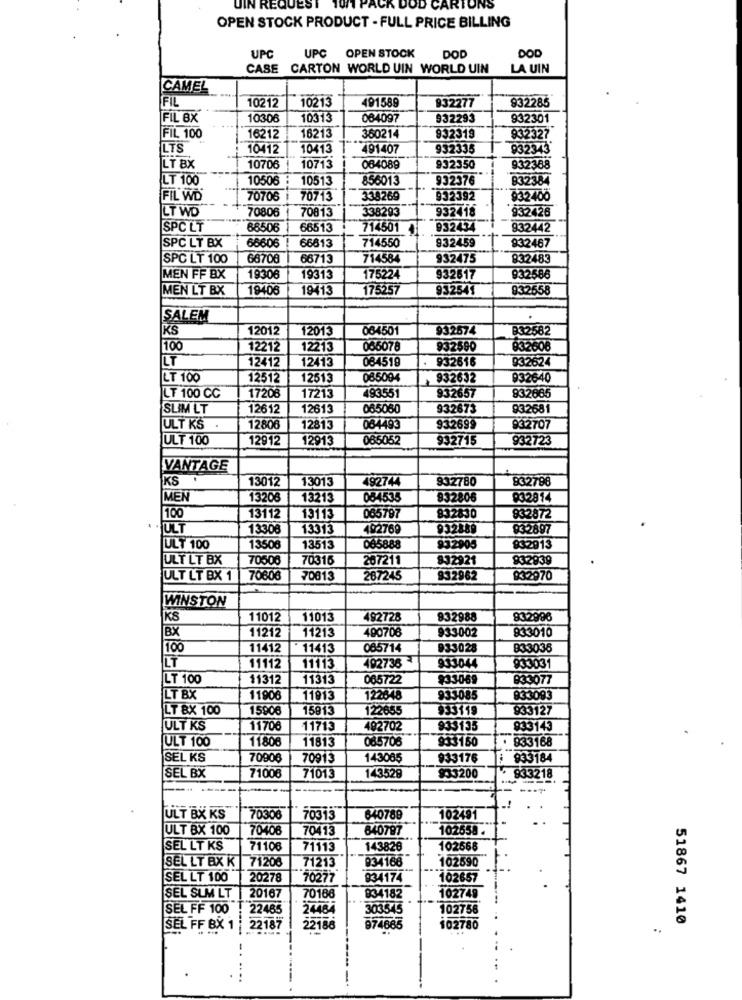
JIN REQUEST
DOD CARTONS
OPEN STOCK PRODUCT - FULL PRICE BILLING
DOD
UPC
UPC OPEN STOCK
DOD
CASE CARTON WORLD UIN WORLD UIN
LA UIN
CAMEL
FIL
10212
10213
491589
932277
932285
FIL 8X
10306
10313
084097
932293
932301
FIL 100
16212
16213
360214
932319
932327
LTS
10412
10413
491407
932335
932343
LT BX
10706
10713
064089
932350
932368
LT 100
10506 : 10513
856013
932376
832384
FIL WD
70706
70713
338269
932392
932400
LT WD
70806
338293
932418
932426
70813
SPC LT
68506
66513
714501
932434
932442
66606
66613
714550
932459
932467
SPC LT BX
SPC LT 100
66708
66713
714584
932475
832483
MEN FF BX
19306
19313
175224
932617
932586
MEN LT BX
19406
19413
175257
93254
932558
SALEM
KS
12012
12013
084501
932674
B32582
100
12212
12213
066078
932590
832606
LT
12412
12413
084519
032624
932616
LT 100
12512
12513
085094
932632
932640
493.551
LT 100 CC
17208
17213
932657
932665
SLIM LT
12612
12613
065050
932673
932681
ULT KS
12806
12813
064495
932699
932707
ULT 100
12912
12913
065052
932715
932723
VANTAGE
KS .
13012
13013
492744
932780
832798
MEN
13208
13213
084535
832806
032814
065797
100
13112
13113
832830
932872
ULT
13306
13313
492769
932889
932897
ULT 100
13506
13513
065888
932905
832913
ULT LT BX
70506
70316
267211
832921
932939
ULT LT BX 1
70606
70813
287245
932962
932970
WINSTON
KS
11012
11013
492728
932988
932996
BX
11213
11212
490706
933002
833010
100
11412
11413
085714
933028
833036
ILT
11112
11113
492736
933044
933031
LT 100
11312
11313
065722
933069
933077
LT BX
11906
11913
122648
933085
933093
LT BX 100
1590€
15813
122655
933119
933127
ULT KS
11706
11713
492702
933135
933143
ULT 100
11806
11813
085706
933150
833168
SEL KS
70906
70913
143085
933176
933184
SEL BX
71006
71013
143529
933200
833218
ULT BX KS
70306
70313
640789
102491
ULT BX 100
70406
70413
840797
102658 .
SEL LT KS
71106
71113
143826
102668
SEL LT BX K
71208
934166
102590
71213
SEL LT 100
20278
70277
934174
102657
SEL SLM LT
20167
70186
834182
102749
SEL FF 100
22485
24484
303545
102758
51867 1410
SEL FF BX 1
22187
22186
974665
102780
..